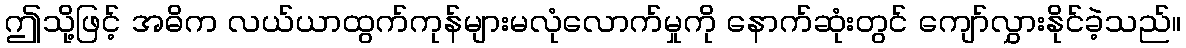
ဤသို့ဖြင့် အဓိက လယ်ယာထွက်ကုန်များမလုံလောက်မှုကို နောက်ဆုံးတွင် ကျော်လွှားနိုင်ခဲ့သည်။